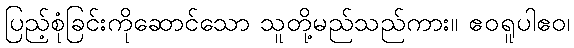
ပြည့်စုံခြင်းကိုဆောင်သော သူတို့မည်သည်ကား။ ဧဝရူပါဧဝ၊